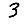
Digit: 3